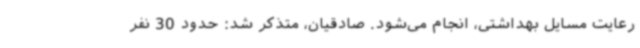
رعایت مسایل بهداشتی، انجام می‌شود. صادقیان، متذکر شد: حدود 30 نفر